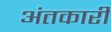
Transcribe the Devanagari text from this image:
अंतकारी